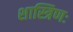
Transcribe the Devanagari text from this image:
शास्त्रिणः